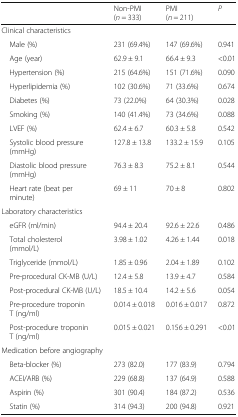
<table><thead><tr><td></td><td><b>Non-PMI (<i>n</i> = 333)</b></td><td><b>PMI (<i>n</i> = 211)</b></td><td><b><i>P</i></b></td></tr></thead><tbody><tr><td>Clinical characteristics</td><td></td><td></td><td></td></tr><tr><td> Male (%)</td><td>231 (69.4%)</td><td>147 (69.6%)</td><td>0.941</td></tr><tr><td> Age (year)</td><td>62.9 ± 9.1</td><td>66.4 ± 9.3</td><td>&lt;0.01</td></tr><tr><td> Hypertension (%)</td><td>215 (64.6%)</td><td>151 (71.6%)</td><td>0.090</td></tr><tr><td> Hyperlipidemia (%)</td><td>102 (30.6%)</td><td>71 (33.6%)</td><td>0.674</td></tr><tr><td> Diabetes (%)</td><td>73 (22.0%)</td><td>64 (30.3%)</td><td>0.028</td></tr><tr><td> Smoking (%)</td><td>140 (41.4%)</td><td>73 (34.6%)</td><td>0.088</td></tr><tr><td> LVEF (%)</td><td>62.4 ± 6.7</td><td>60.3 ± 5.8</td><td>0.542</td></tr><tr><td> Systolic blood pressure (mmHg)</td><td>127.8 ± 13.8</td><td>133.2 ± 15.9</td><td>0.105</td></tr><tr><td> Diastolic blood pressure (mmHg)</td><td>76.3 ± 8.3</td><td>75.2 ± 8.1</td><td>0.544</td></tr><tr><td> Heart rate (beat per minute)</td><td>69 ± 11</td><td>70 ± 8</td><td>0.802</td></tr><tr><td>Laboratory characteristics</td><td></td><td></td><td></td></tr><tr><td> eGFR (ml/min)</td><td>94.4 ± 20.4</td><td>92.6 ± 22.6</td><td>0.486</td></tr><tr><td> Total cholesterol (mmol/L)</td><td>3.98 ± 1.02</td><td>4.26 ± 1.44</td><td>0.018</td></tr><tr><td> Triglyceride (mmol/L)</td><td>1.85 ± 0.96</td><td>2.04 ± 1.89</td><td>0.102</td></tr><tr><td> Pre-procedural CK-MB (U/L)</td><td>12.4 ± 5.8</td><td>13.9 ± 4.7</td><td>0.584</td></tr><tr><td> Post-procedural CK-MB (U/L)</td><td>18.5 ± 10.4</td><td>14.2 ± 5.6</td><td>0.054</td></tr><tr><td> Pre-procedure troponin T (ng/ml)</td><td>0.014 ± 0.018</td><td>0.016 ± 0.017</td><td>0.872</td></tr><tr><td> Post-procedure troponin T (ng/ml)</td><td>0.015 ± 0.021</td><td>0.156 ± 0.291</td><td>&lt;0.01</td></tr><tr><td>Medication before angiography</td><td></td><td></td><td></td></tr><tr><td> Beta-blocker (%)</td><td>273 (82.0)</td><td>177 (83.9)</td><td>0.794</td></tr><tr><td> ACEI/ARB (%)</td><td>229 (68.8)</td><td>137 (64.9)</td><td>0.588</td></tr><tr><td> Aspirin (%)</td><td>301 (90.4)</td><td>184 (87.2)</td><td>0.536</td></tr><tr><td> Statin (%)</td><td>314 (94.3)</td><td>200 (94.8)</td><td>0.921</td></tr></tbody></table>